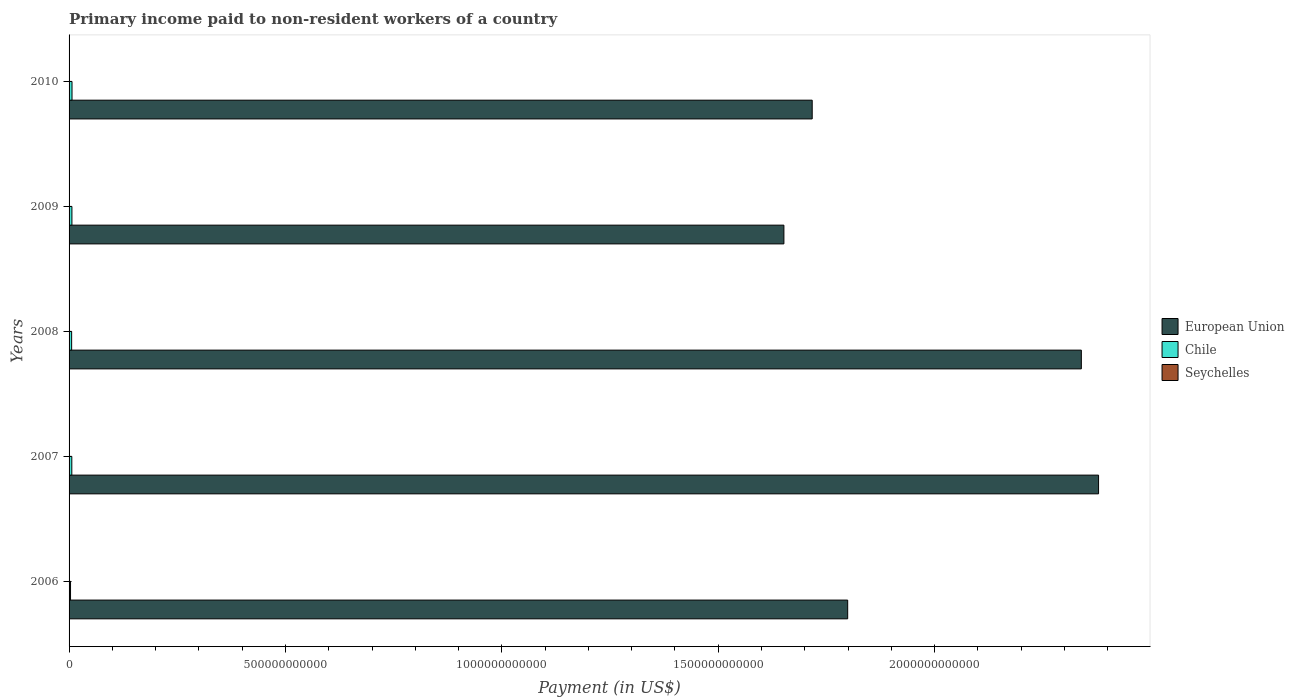
| Years | European Union | Chile | Seychelles |
 | --- | --- | --- | --- |
 | 2006 | 1.8e+12 | 3.37e+09 | 1.03e+07 |
 | 2007 | 2.38e+12 | 6.32e+09 | 3.58e+06 |
 | 2008 | 2.34e+12 | 5.93e+09 | 4.88e+06 |
 | 2009 | 1.65e+12 | 6.57e+09 | 3.65e+06 |
 | 2010 | 1.72e+12 | 6.8e+09 | 9.57e+06 |